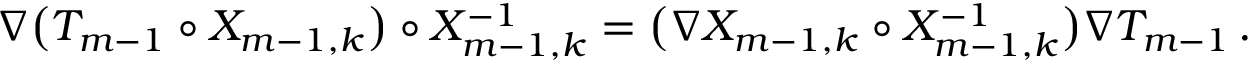
\nabla \bigl ( T _ { m - 1 } \circ X _ { m - 1 , k } \bigr ) \circ X _ { m - 1 , k } ^ { - 1 } = \bigl ( \nabla X _ { m - 1 , k } \circ X _ { m - 1 , k } ^ { - 1 } \bigr ) \nabla T _ { m - 1 } \, .